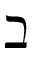
\beth